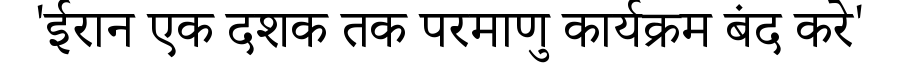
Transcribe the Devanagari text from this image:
'ईरान एक दशक तक परमाणु कार्यक्रम बंद करे'